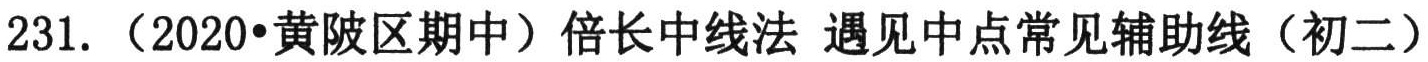
231. （2020•黄陂区期中）倍长中线法 遇见中点常见辅助线（初二）